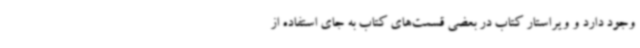
وجود دارد و ویراستار کتاب در بعضی قسمت‌های کتاب به جای استفاده از